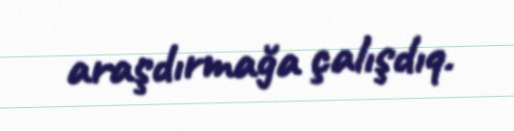
araşdırmağa çalışdıq.